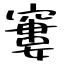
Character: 窶